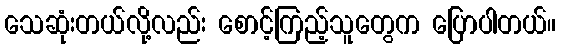
သေဆုံးတယ်လို့လည်း စောင့်ကြည့်သူတွေက ပြောပါတယ်။